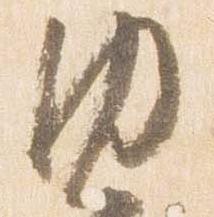
内